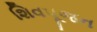
શિવપૂજન